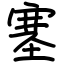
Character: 塞